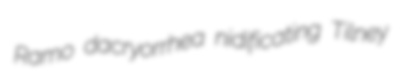
Ramo dacryorrhea nidificating Tilney